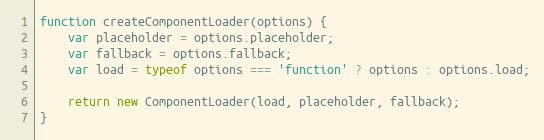
Language: JavaScript
function createComponentLoader(options) {
    var placeholder = options.placeholder;
    var fallback = options.fallback;
    var load = typeof options === 'function' ? options : options.load;

    return new ComponentLoader(load, placeholder, fallback);
}